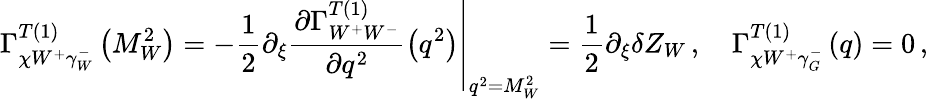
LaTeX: \Gamma_{\chi W^{+}\gamma_{W}^{-}}^{T\left(1\right)}\left(M_{W}^{2}\right)=-\frac{1}{2}\partial_{\xi}\left.\frac{\partial\Gamma_{W^{+}W^{-}}^{T\left(1\right)}}{\partial q^{2}}\left(q^{2}\right)\right|_{q^{2}=M_{W}^{2}}=\frac{1}{2}\partial_{\xi}\delta Z_{W}\, ,\quad\Gamma_{\chi W^{+}\gamma_{G}^{-}}^{T\left(1\right)}\left(q\right)=0\, ,